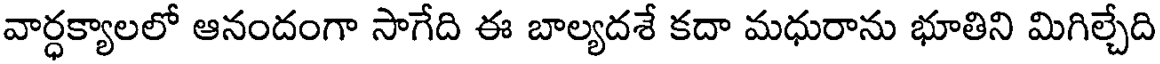
వార్ధక్యాలలో ఆనందంగా సాగేది ఈ బాల్యదశే కదా మధురాను భూతిని మిగిల్చేది